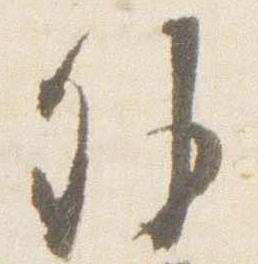
外